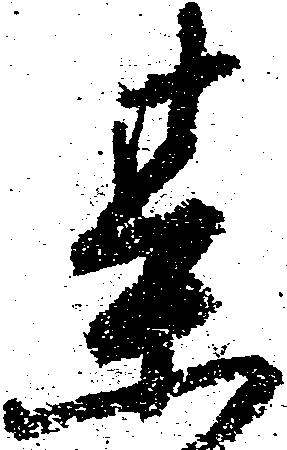
某